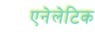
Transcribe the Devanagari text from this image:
एनेलेटिक